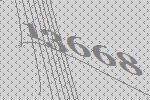
13668